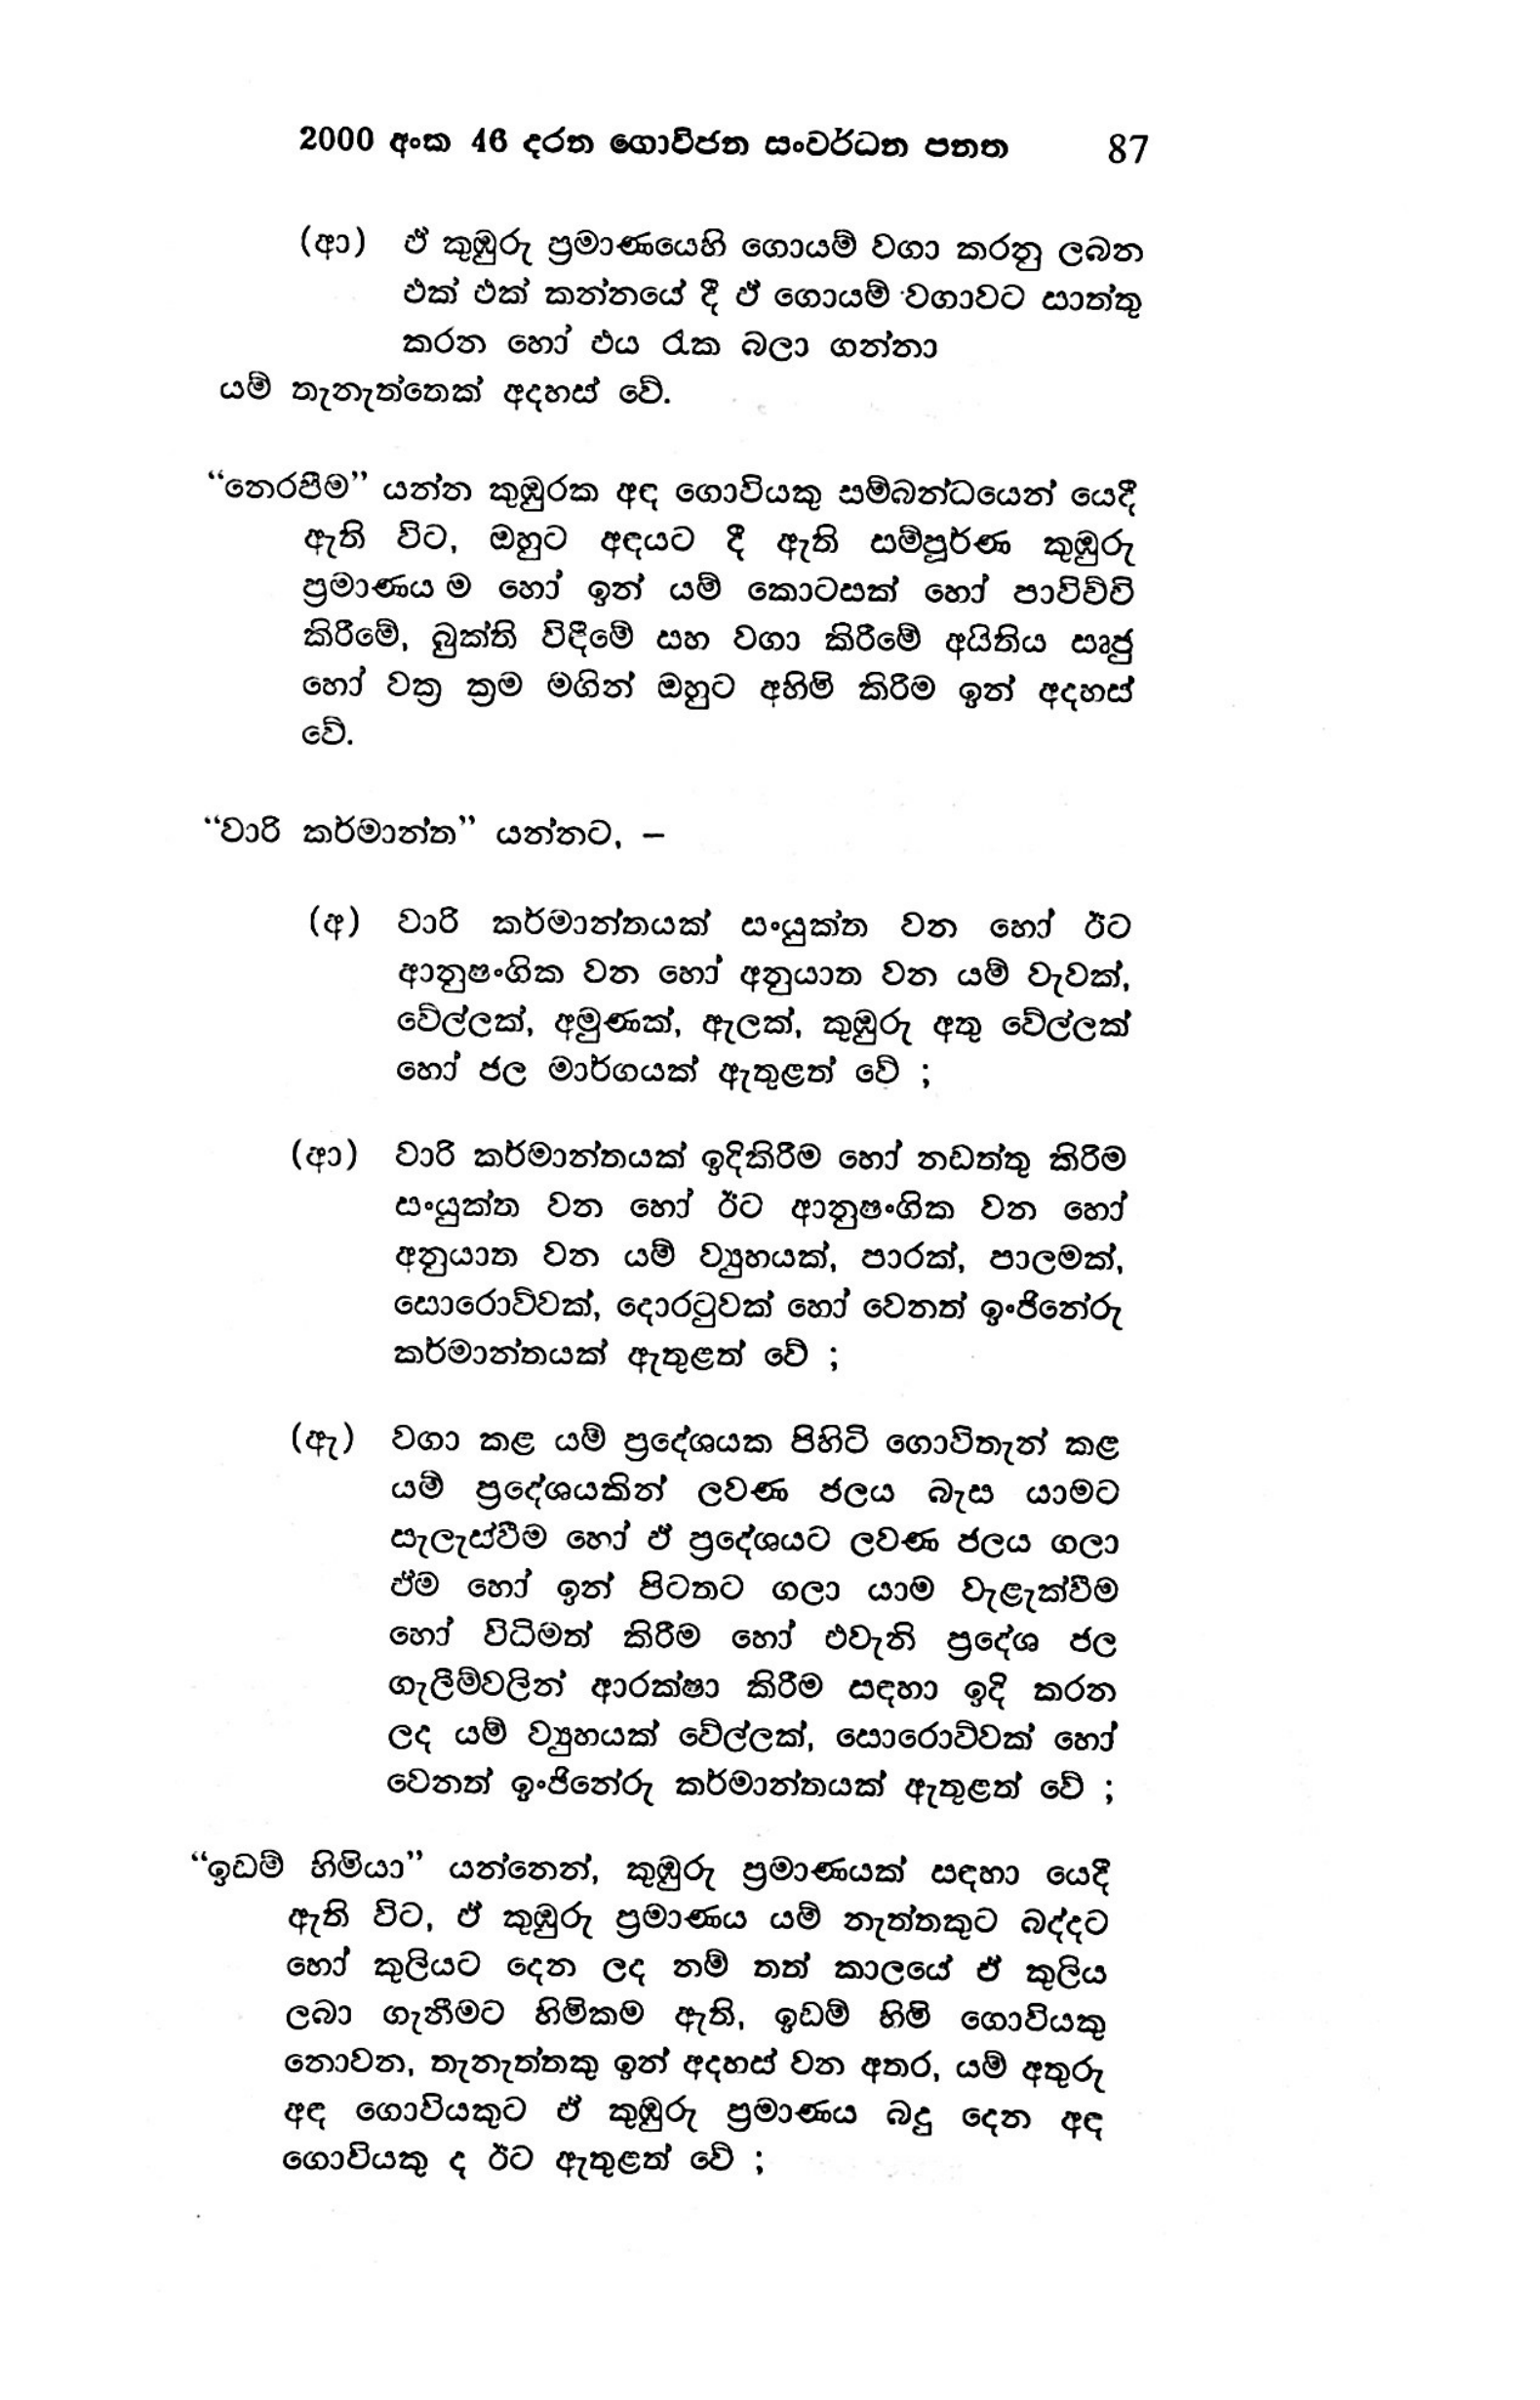
2000 අංක 46 දරන ගොවිජන සංවර්ධන පනත 87

(ආ) ඒ කුඹුරු ප්‍රමාණයෙහි ගොයම් වගා කරනු ලබන
එක් එක් කන්නයේ දී ඵ් ගොයම් වගාවට සාත්තු
කරන හෝ එය රැක බලා ගන්නා
යම් තැනැත්තෙක් අදහස් වේ.

“නෙරපීම” යන්න කුඹුරක අඳ ගොවියකු සම්බන්ධයෙන් යෙදී
ඇති විට, ඔහුට අඳයට දී ඇති සම්පූර්ණ කුඹුරු
ප්‍රමාණය ම හෝ ඉන් යම් කොටසක් හෝ පාවිච්චි
කිරීමේ, බුක්ති විඳීමේ සහ වගා කිරීමේ අයිතිය සෘජු
හෝ වක්‍ර ක්‍රම මගින් ඔහුට අහිමි කිරීම ඉන් අදහස්
වේ.

“වාරි කර්මාන්ත” යන්නට, -

(අ) වාරි කර්මාන්තයක් සංයුක්ත වන හෝ ඊට
ආනුෂංගික වන හෝ අනුයාත වන යම් වැවක්,
වේල්ලක්, අමුණක්, ඇලක්, කුඹුරු අතු වේල්ලක්
හෝ ජල මාර්ගයක් ඇතුළත් වේ ;

(ආ) වාරි කර්මාන්තයක් ඉදිකිරීම හෝ නඩත්තු කිරීම
සංයුක්ත වන හෝ ඊට ආනුෂංගික වන හෝ
අනුයාත වන යම් ව්‍යුහයක්, පාරක්, පාලමක්,
සොරොව්වක්, දොරටුවක් හෝ වෙනත් ඉංජිනේරු
කර්මාන්තයක් ඇතුළත් වේ ;

(ඇ) වගා කළ යම් ප්‍රදේශයක පිහිටි ගොවිතැන් කළ
යම් ප්‍රදේශයකින් ලවණ ජලය බැස යාමට
සැලැස්වීම හෝ ඵ් ප්‍රදේශයට ලවණ ජලය ගලා
ඒම හෝ ඉන් පිටතට ගලා යාම වැළැක්වීම
හෝ විධිමත් කිරීම හෝ එවැනි ප්‍රදේශ ජල
ගැලීම්වලින් ආරක්ෂා කිරීම සඳහා ඉදි කරන
ලද යම් ව්‍යුහයක් වේල්ලක්, සොරොව්වක් හෝ
වෙනත් ඉංජිනේරු කර්මාන්තයක් ඇතුළත් වේ ;

“ඉඩම් හිමියා” යන්නෙන්, කුඹුරු ප්‍රමාණයක් සඳහා යෙදී
ඇති විට, ඒ කුඹුරු ප්‍රමාණය යම් නැත්තකුට බද්දට
හෝ කුලියට දෙන ලද නම් තත් කාලයේ ඒ කුලිය
ලබා ගැනීමට හිමිකම ඇති, ඉඩම් හිමි ගොවියකු
නොවන, තැනැත්තකු ඉන් අදහස් වන අතර, යම් අතුරු
අඳ ගොවියකුට ඒ කුඹුරු ප්‍රමාණය බදු දෙන අඳ
ගොවියකු ද ඊට ඇතුළත් වේ ;